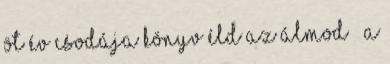
Öt Év Csodája könyv Éld az Álmod – A